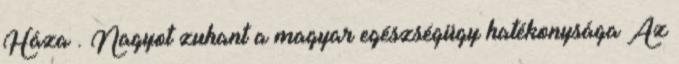
Háza . Nagyot zuhant a magyar egészségügy hatékonysága Az